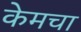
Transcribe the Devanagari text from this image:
केमचा